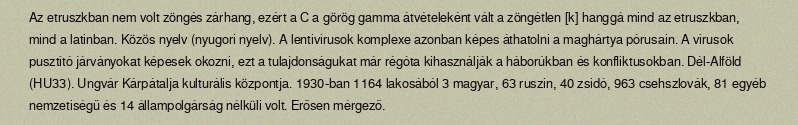
Az etruszkban nem volt zöngés zárhang, ezért a C a görög gamma átvételeként vált a zöngétlen [k] hanggá mind az etruszkban, mind a latinban. Közös nyelv (nyugori nyelv). A lentivírusok komplexe azonban képes áthatolni a maghártya pórusain. A vírusok pusztító járványokat képesek okozni, ezt a tulajdonságukat már régóta kihasználják a háborúkban és konfliktusokban. Dél-Alföld (HU33). Ungvár Kárpátalja kulturális központja. 1930-ban 1164 lakosából 3 magyar, 63 ruszin, 40 zsidó, 963 csehszlovák, 81 egyéb nemzetiségű és 14 állampolgárság nélküli volt. Erősen mérgező.